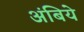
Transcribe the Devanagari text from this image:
अंबिये